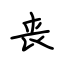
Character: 丧